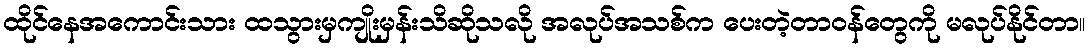
ထိုင်နေအကောင်းသား ထသွားမှကျိုးမှန်းသိဆိုသလို အလုပ်အသစ်က ပေးတဲ့တာဝန်တွေကို မလုပ်နိုင်တာ။